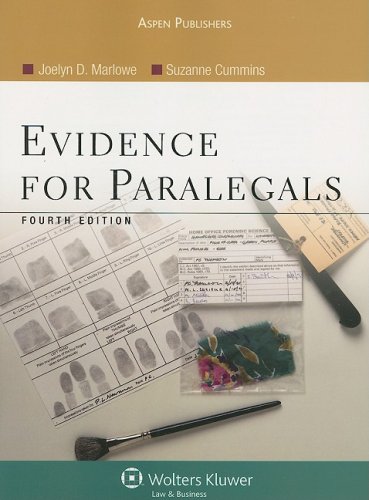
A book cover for Evidence for Paralegals; Joelyn D. Marlowe; Law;